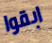
ابقوا